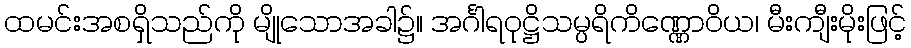
ထမင်းအစရှိသည်ကို မျိုသောအခါ၌။ အင်္ဂါရဝုဋ္ဌိသမ္ပရိကိဏ္ဏောဝိယ၊ မီးကျီးမိုးဖြင့်